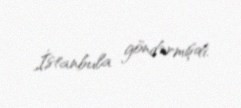
İstanbula göndərmişdi.